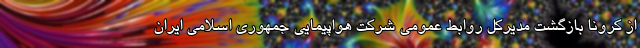
از کرونا بازگشت مدیرکل روابط‌ عمومی شرکت هواپیمایی جمهوری اسلامی ایران